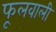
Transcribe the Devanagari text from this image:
फूलवाली